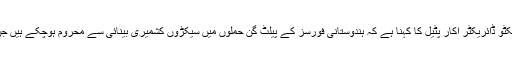
ایمنسٹی انٹرنیشنل کےایگزیکٹو ڈائریکٹر آکار پٹیل کا کہنا ہے کہ ہندوستانی فورسز کے پیلٹ گن حملوں میں سیکڑوں کشمیری بینائی سے محروم ہوچکے ہیں جن میں بچے بھی شامل ہیں ۔